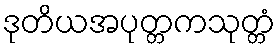
ဒုတိယအပုတ္တကသုတ္တံ